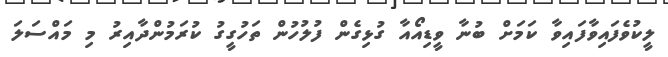
ލީކުވެފައިވާފައިވާ ކަމަށް ބުނާ ވީޑިއޯއާ ގުޅިގެން ފުލުހުން ތަހުގީގު ކުރަމުންދާއިރު މި މައްސަލަ